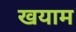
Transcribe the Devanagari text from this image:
खयाम